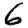
Digit: 6